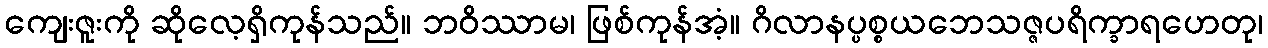
ကျေးဇူးကို ဆိုလေ့ရှိကုန်သည်။ ဘဝိဿာမ၊ ဖြစ်ကုန်အံ့။ ဂိလာနပ္ပစ္စယဘေသဇ္ဇပရိက္ခာရဟေတု၊